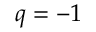
q = - 1